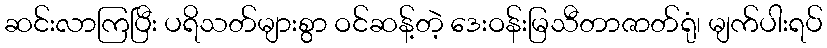
ဆင်းလာကြပြီး ပရိသတ်များစွာ ဝင်ဆန့်တဲ့ ဒေးဝန်းမြသီတာဇာတ်ရုံ၊ မျက်ပါးရပ်